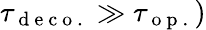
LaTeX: \tau_{\mathrm{~d~e~c~o~.~}}\gg\tau_{\mathrm{~o~p~.~}})